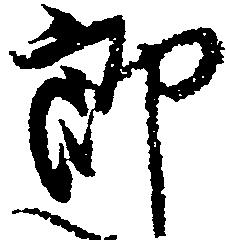
郎